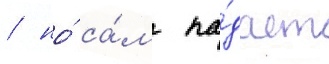
/ но́ са́м па́дает